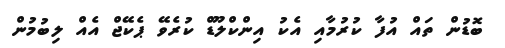
ބޮޑުން ތައް އުފާ ކުރުމާއި އެކު އިންކްލޫޑް ކުރެވޭ ޕެކޭޖް އެއް ލިބުމުން